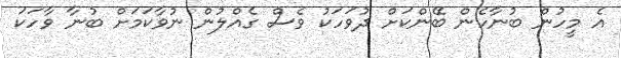
އެ މީހުން ބުނާހެން ބޭންކަށް ދުވަހަކު ވެސް ގެއްލުން ނުވާކަމަށް ބުނާ ވާހަކަ